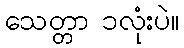
သေတ္တာ ၁လုံးပဲ။